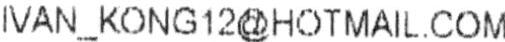
IVAN_KONG12@HOTMAIL.COM